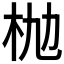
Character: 𣏫